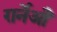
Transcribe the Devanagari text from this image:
ग़र्नेऔ